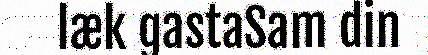
læk gastaSam din